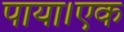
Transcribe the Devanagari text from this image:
पाया।एक